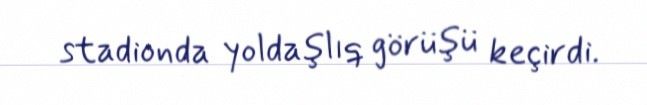
stadionda yoldaşlıq görüşü keçirdi.